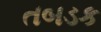
તબડક